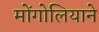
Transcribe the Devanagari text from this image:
मोंगोलियाने